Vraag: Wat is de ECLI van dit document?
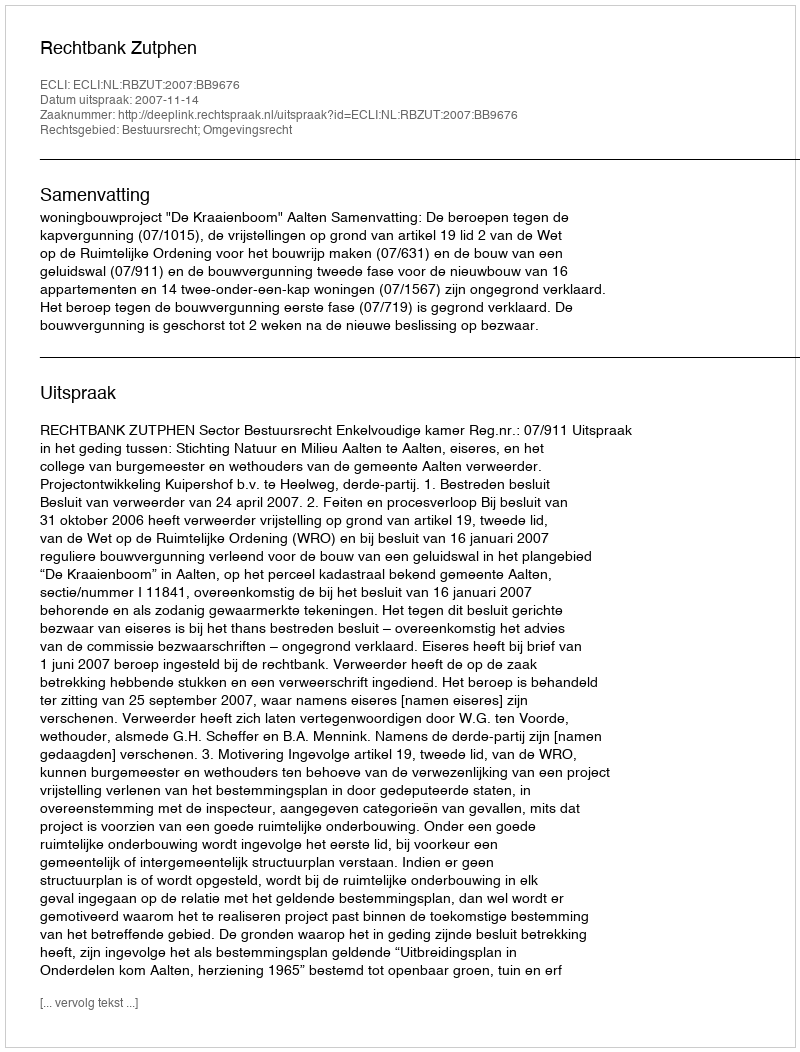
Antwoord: ECLI:NL:RBZUT:2007:BB9676